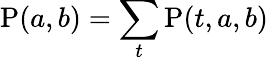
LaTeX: \mathrm{P}(a,b)=\sum_{t}\mathrm{P}(t,a,b)